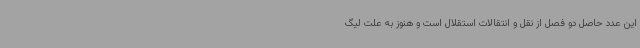
این عدد حاصل دو فصل از نقل و انتقالات استقلال است و هنوز به علت لیگ